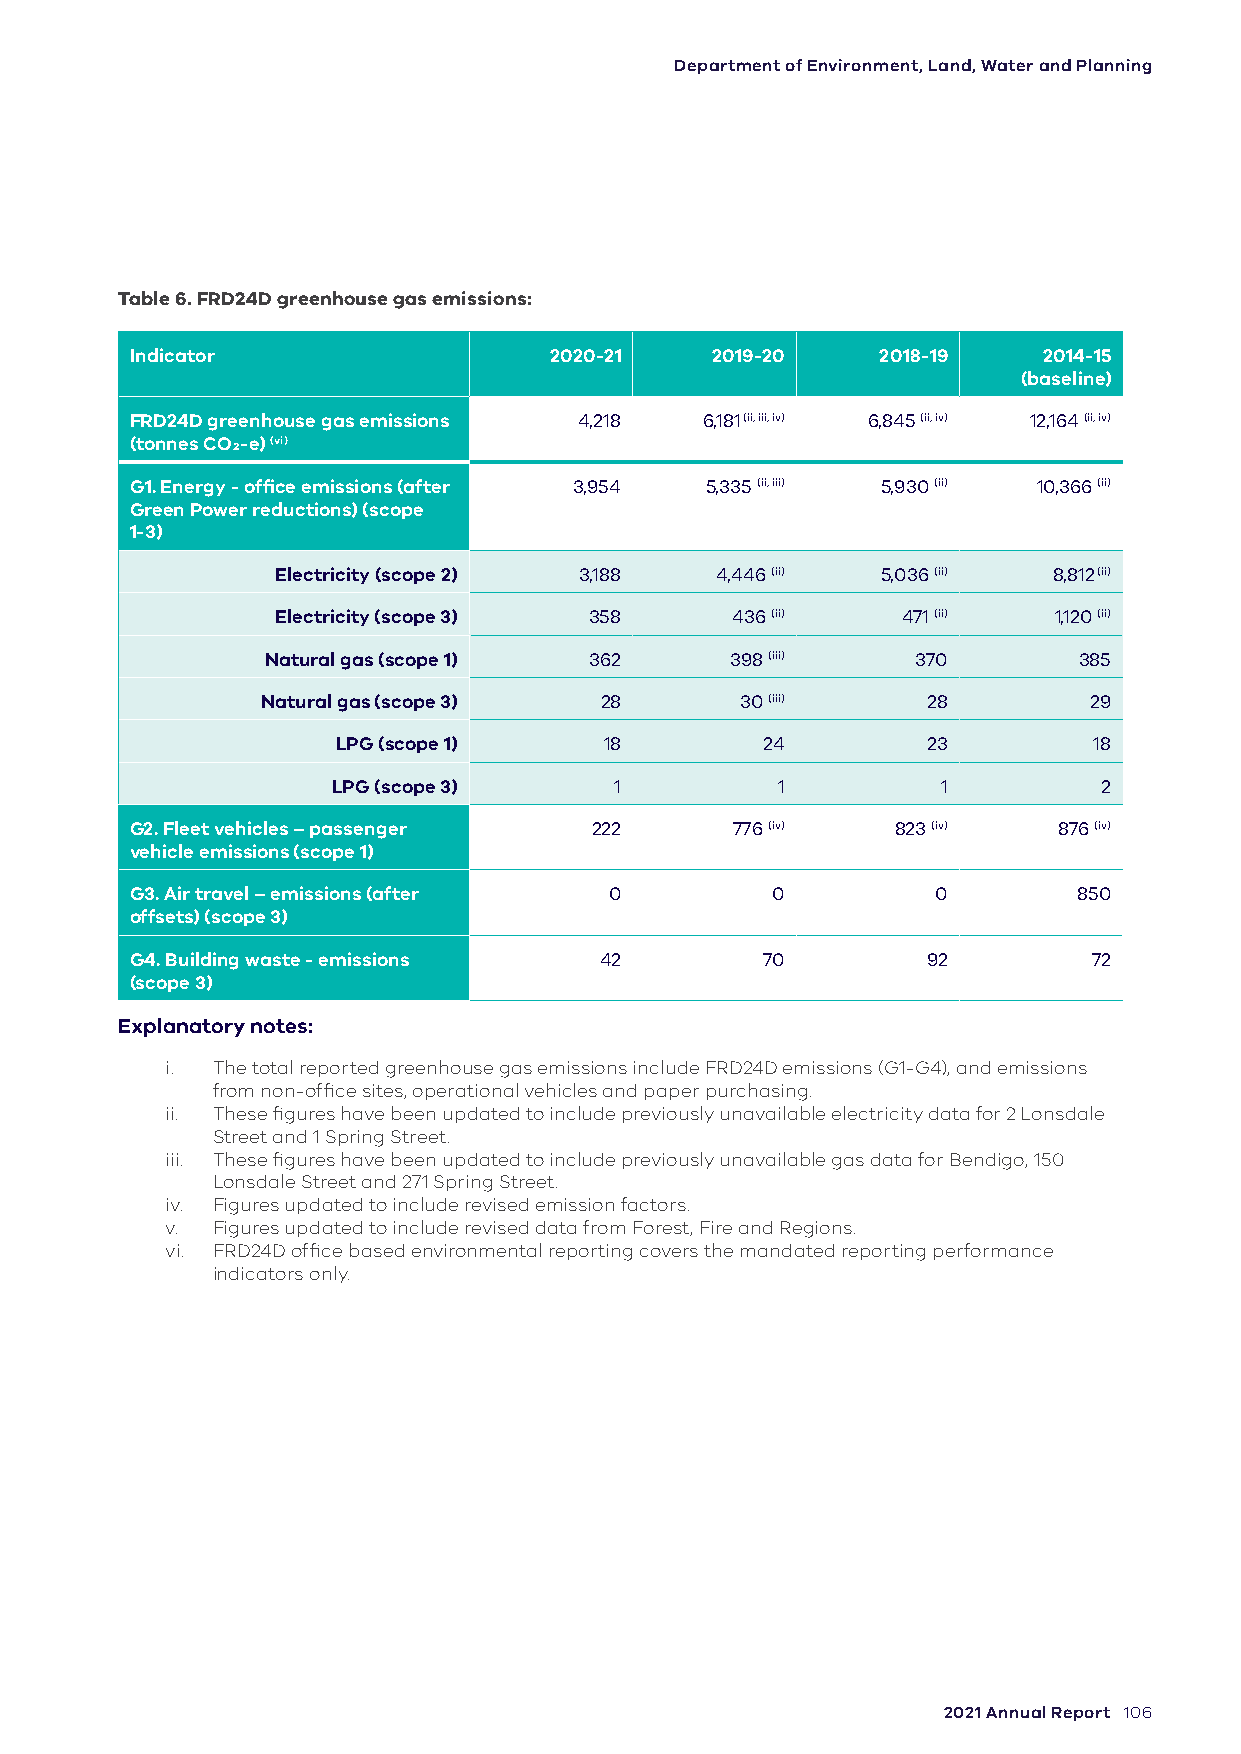
Department of Environment, Land, Water and Planning
 Table 6. FRD24D greenhouse gas emissions:
 Indicator                  2020-21    2019-20    2018-19    2014-15
 (baseline)
 FRD24D greenhouse gas emissions 4,218 6,181 (ii, iii, iv) 6,845 (ii, iv) 12,164 (ii, iv)
 (tonnes CO2-e) (vi)
 G1. Energy - office emissions (after 3,954 5,335 (ii, iii) 5,930 (ii) 10,366 (ii)
 Green Power reductions) (scope
 1-3)
 Electricity (scope 2) 3,188  4,446 (ii) 5,036 (ii)  8,812 (ii)
 Electricity (scope 3) 358     436 (ii)    471 (ii)  1,120 (ii)
 Natural gas (scope 1) 362     398 (iii)    370       385
 Natural gas (scope 3)  28       30 (iii)    28         29
 LPG (scope 1)     18         24        23         18
 LPG (scope 3)      1         1          1          2
 G2. Fleet vehicles – passenger 222      776 (iv)  823 (iv)   876 (iv)
 vehicle emissions (scope 1)
 G3. Air travel – emissions (after 0       0          0        850
 offsets) (scope 3)
 G4. Building waste - emissions 42        70         92         72
 (scope 3)
 Explanatory notes:
 i. The total reported greenhouse gas emissions include FRD24D emissions (G1-G4), and emissions
 from non-office sites, operational vehicles and paper purchasing.
 ii. These figures have been updated to include previously unavailable electricity data for 2 Lonsdale
 Street and 1 Spring Street.
 iii. These figures have been updated to include previously unavailable gas data for Bendigo, 150
 Lonsdale Street and 271 Spring Street.
 iv. Figures updated to include revised emission factors.
 v. Figures updated to include revised data from Forest, Fire and Regions.
 vi. FRD24D office based environmental reporting covers the mandated reporting performance
 indicators only.
 2021 Annual Report 106